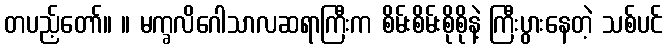
တပည့်တော်။ ။ မက္ခလိဂေါသာလဆရာကြီးက စိမ်းစိမ်းစိုစိုနဲ့ ကြီးပွားနေတဲ့ သစ်ပင်